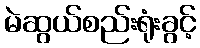
မဲဆွယ်စည်းရုံးခွင့်